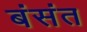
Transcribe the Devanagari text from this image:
बंसंत